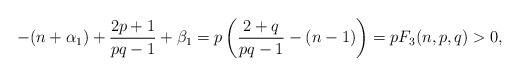
LaTeX: \begin{align*}-(n+\alpha_1)+\frac{2p+1}{pq-1}+\beta_1=p\left(\frac{2+q}{pq-1}-(n-1)\right)=pF_3(n,p,q)>0,\end{align*}